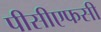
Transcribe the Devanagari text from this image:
पीसीएफसी